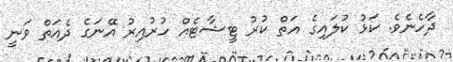
ދާހެނެވެ. ކަޅު ކުލައިގެ އަތް ކުރު ޓީޝާޓެއް ހުރުއިރު އޭނަގެ ދެއަތް ވަނީ